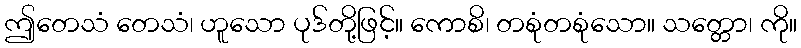
ဤတေသံ တေသံ၊ ဟူသော ပုဒ်တို့ဖြင့်။ ကောစိ၊ တစုံတစုံသော။ သတ္တော၊ ကို။